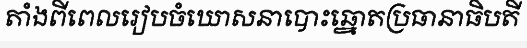
តាំងពីពេលរៀបចំឃោសនាបោះឆ្នោតប្រធានាធិបតី